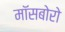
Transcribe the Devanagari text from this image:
मॉसबोरो